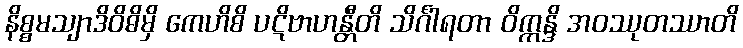
နိစ္စမသျာဒိဝိဓိမှိ ကေဟိစိ ပဋိဗာဟန္တီတိ သိင်္ဂါရတာ ဝိက္ကန္ဒိ အဝဿုတဿာတိ